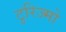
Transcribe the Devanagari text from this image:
टुरिज्मो